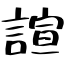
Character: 誼